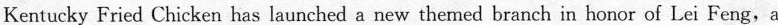
Kentucky Fried Chicken has launched a new themed branch in honor of Lei Feng,a